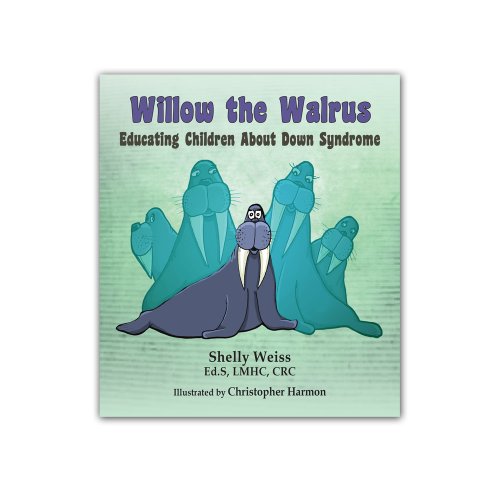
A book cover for Willow the Walrus-Educating Children about Down Syndrome; Shelly Weiss; Health, Fitness & Dieting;